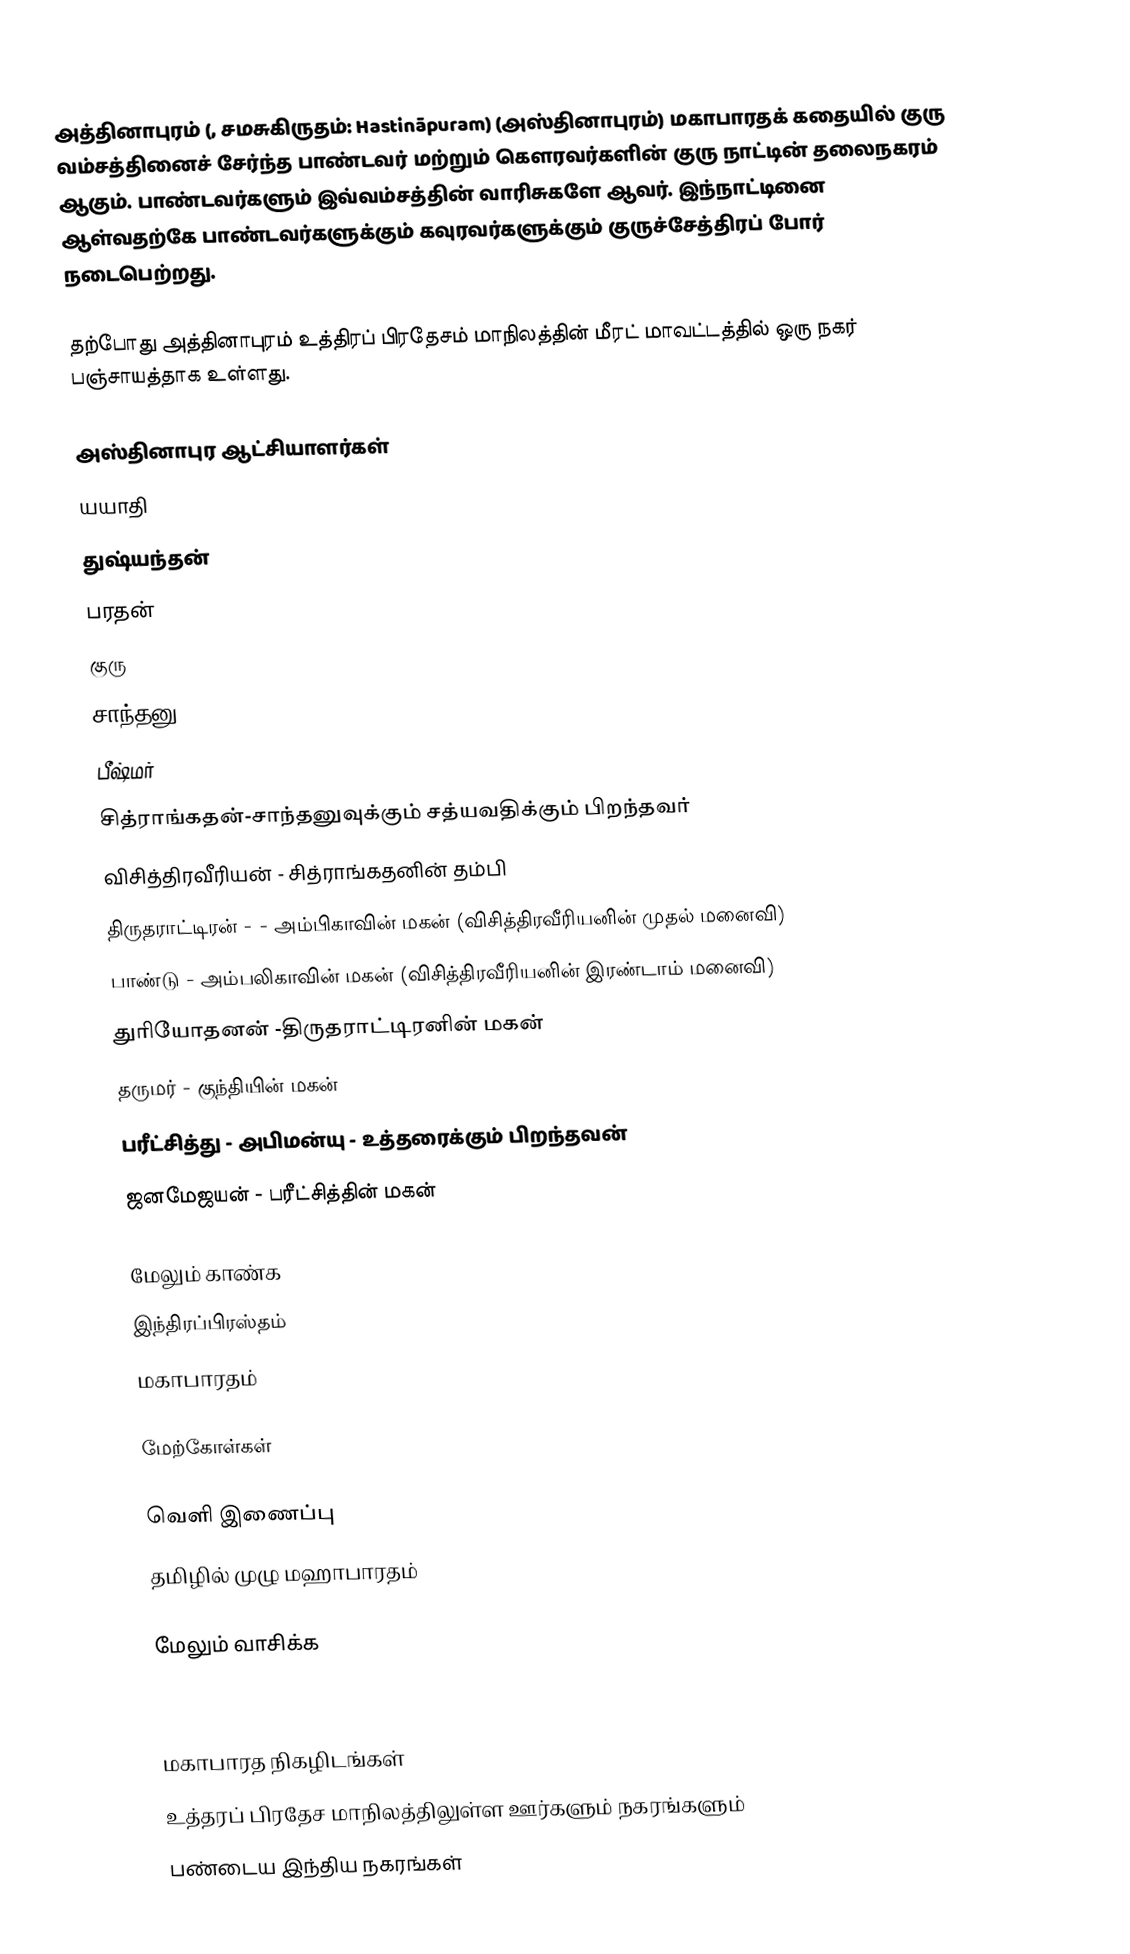
அத்தினாபுரம் (, சமசுகிருதம்:  Hastināpuram) (அஸ்தினாபுரம்) மகாபாரதக் கதையில் குரு வம்சத்தினைச் சேர்ந்த பாண்டவர் மற்றும் கௌரவர்களின் குரு நாட்டின்  தலைநகரம் ஆகும். பாண்டவர்களும் இவ்வம்சத்தின் வாரிசுகளே ஆவர். இந்நாட்டினை ஆள்வதற்கே பாண்டவர்களுக்கும் கவுரவர்களுக்கும் குருச்சேத்திரப் போர் நடைபெற்றது.

தற்போது அத்தினாபுரம்  உத்திரப் பிரதேசம் மாநிலத்தின் மீரட் மாவட்டத்தில் ஒரு நகர் பஞ்சாயத்தாக உள்ளது.

அஸ்தினாபுர ஆட்சியாளர்கள்
 யயாதி
 துஷ்யந்தன்
 பரதன்
 குரு
 சாந்தனு
 பீஷ்மர்
 சித்ராங்கதன்-சாந்தனுவுக்கும் சத்யவதிக்கும் பிறந்தவர்
 விசித்திரவீரியன் - சித்ராங்கதனின் தம்பி
 திருதராட்டிரன் - - அம்பிகாவின் மகன் (விசித்திரவீரியனின் முதல் மனைவி)
 பாண்டு - அம்பலிகாவின் மகன் (விசித்திரவீரியனின் இரண்டாம் மனைவி)
 துரியோதனன் -திருதராட்டிரனின் மகன்
 தருமர் - குந்தியின் மகன்
 பரீட்சித்து - அபிமன்யு - உத்தரைக்கும் பிறந்தவன்
 ஜனமேஜயன் - பரீட்சித்தின் மகன்

மேலும் காண்க
இந்திரப்பிரஸ்தம்
மகாபாரதம்

மேற்கோள்கள்

வெளி இணைப்பு
 தமிழில் முழு மஹாபாரதம்

மேலும் வாசிக்க

மகாபாரத நிகழிடங்கள்
உத்தரப் பிரதேச மாநிலத்திலுள்ள ஊர்களும் நகரங்களும்
பண்டைய இந்திய நகரங்கள்